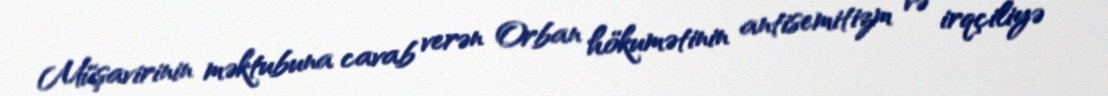
Müşavirinin məktubuna cavab verən Orban hökumətinin antisemitizm və irqçiliyə